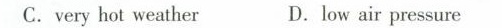
C. very hot weather D. Low air pressure